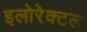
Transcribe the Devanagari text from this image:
इलोरेक्टल